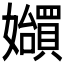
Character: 𪦲